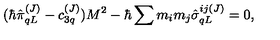
( \hbar \hat { \pi } _ { q L } ^ { ( J ) } - c _ { 3 q } ^ { ( J ) } ) M ^ { 2 } - \hbar \sum m _ { i } m _ { j } \hat { \sigma } _ { q L } ^ { i j ( J ) } = 0 ,